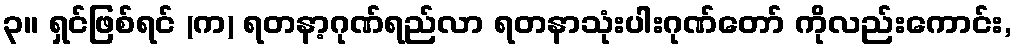
၃။ ရှင်ဖြစ်ရင် (က) ရတနာ့ဂုဏ်ရည်လာ ရတနာသုံးပါးဂုဏ်တော် ကိုလည်းကောင်း,